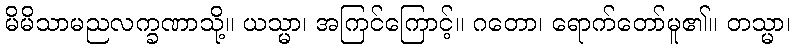
မိမိသာမညလက္ခဏာသို့။ ယသ္မာ၊ အကြင်ကြောင့်။ ဂတော၊ ရောက်တော်မူ၏။ တသ္မာ၊